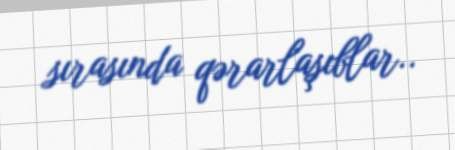
sırasında qərarlaşıblar..